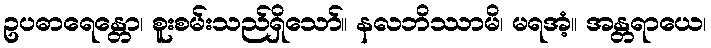
ဥပဓာရေန္တော၊ စူးစမ်းသည်ရှိသော်။ နလဘိဿာမိ၊ မရအံ့။ အန္တရာယေ၊